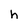
Character: h